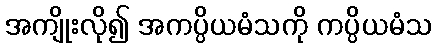
အကျိုးလို၍ အကပ္ပိယမံသကို ကပ္ပိယမံသ